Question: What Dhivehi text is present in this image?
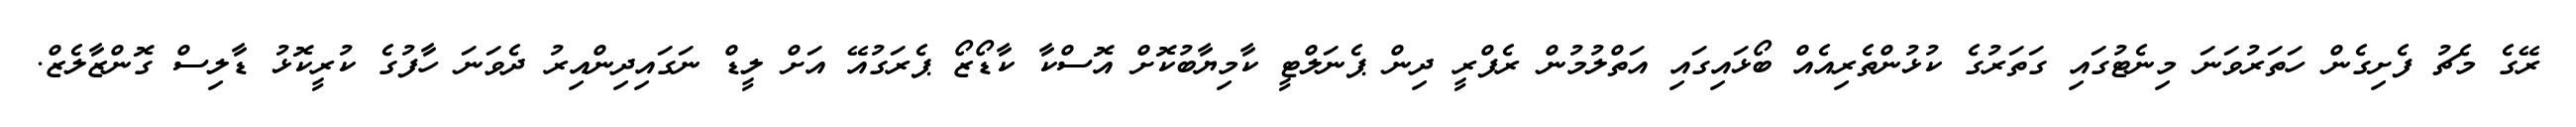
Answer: ރޭގެ މެޗު ފެށިގެން ހަތަރުވަނަ މިނެޓުގައި ގަތަރުގެ ކުޅުންތެރިއެއް ބޯޅައިގައި އަތްލުމުން ރެފްރީ ދިން ޕެނަލްޓީ ކާމިޔާބުކޮށް އޮސްކާ ކާޑޯޒޯ ޕެރަގުއޭ އަށް ލީޑް ނަގައިދިންއިރު ދެވަނަ ހާފުގެ ކުރީކޮޅު ޑާލިސް ގޮންޒާލެޒް.